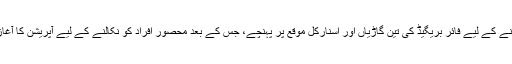
آگ بجھانے کے لیے فائر بریگیڈ کی تین گاڑیاں اور اسنارکل موقع پر پہنچے، جس کے بعد محصور افراد کو نکالنے کے لیے آپریشن کا آغاز کیا گیا۔